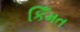
કિઁમત